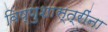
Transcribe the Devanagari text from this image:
विष्णुशास्त्रींना